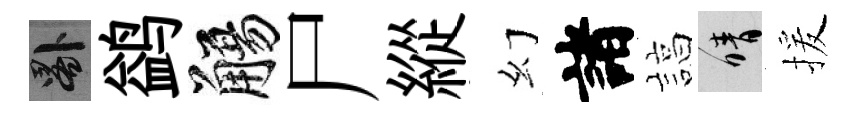
晷鹢觴尸縱幻諸諄晴援